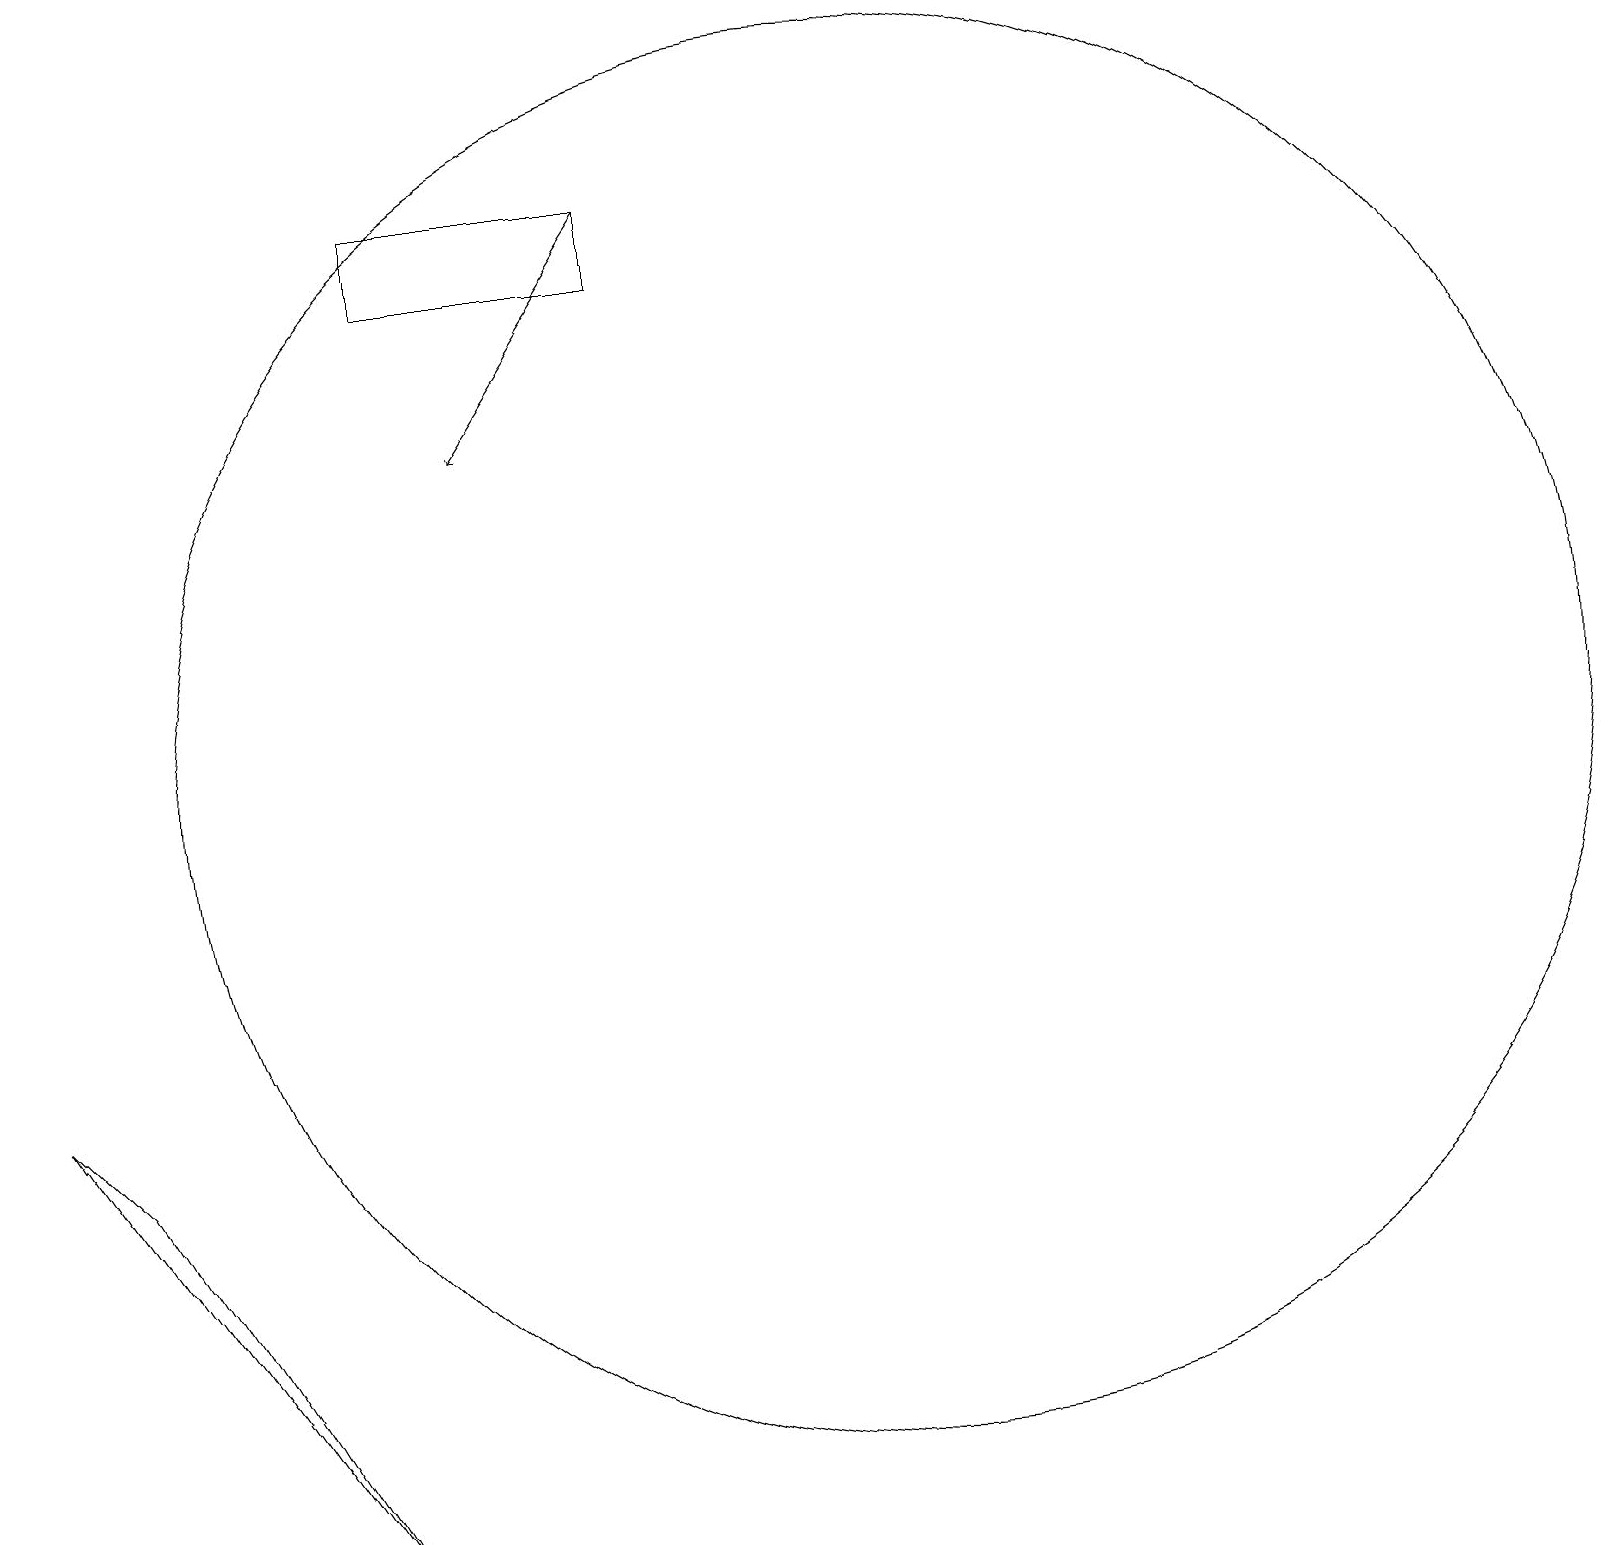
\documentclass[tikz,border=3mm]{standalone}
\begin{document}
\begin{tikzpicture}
\draw (8,18) rectangle (5,19);
\draw (0,8) -- (1,7) -- (4,2) -- cycle;
\draw[->] (8,19) -- (6,16);
\draw (10,11) circle (0);
\draw (11,12) circle (9);
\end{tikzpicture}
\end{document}